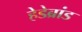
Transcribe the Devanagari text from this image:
हेडेब्रांड